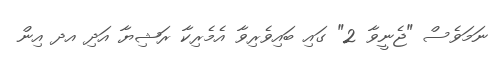
ނަމަވެސް "ޖެނީވާ 2" ގައި ބައިވެރިވާ އެމެރިކާ ރަޝިޔާ އަދި އދ އިން